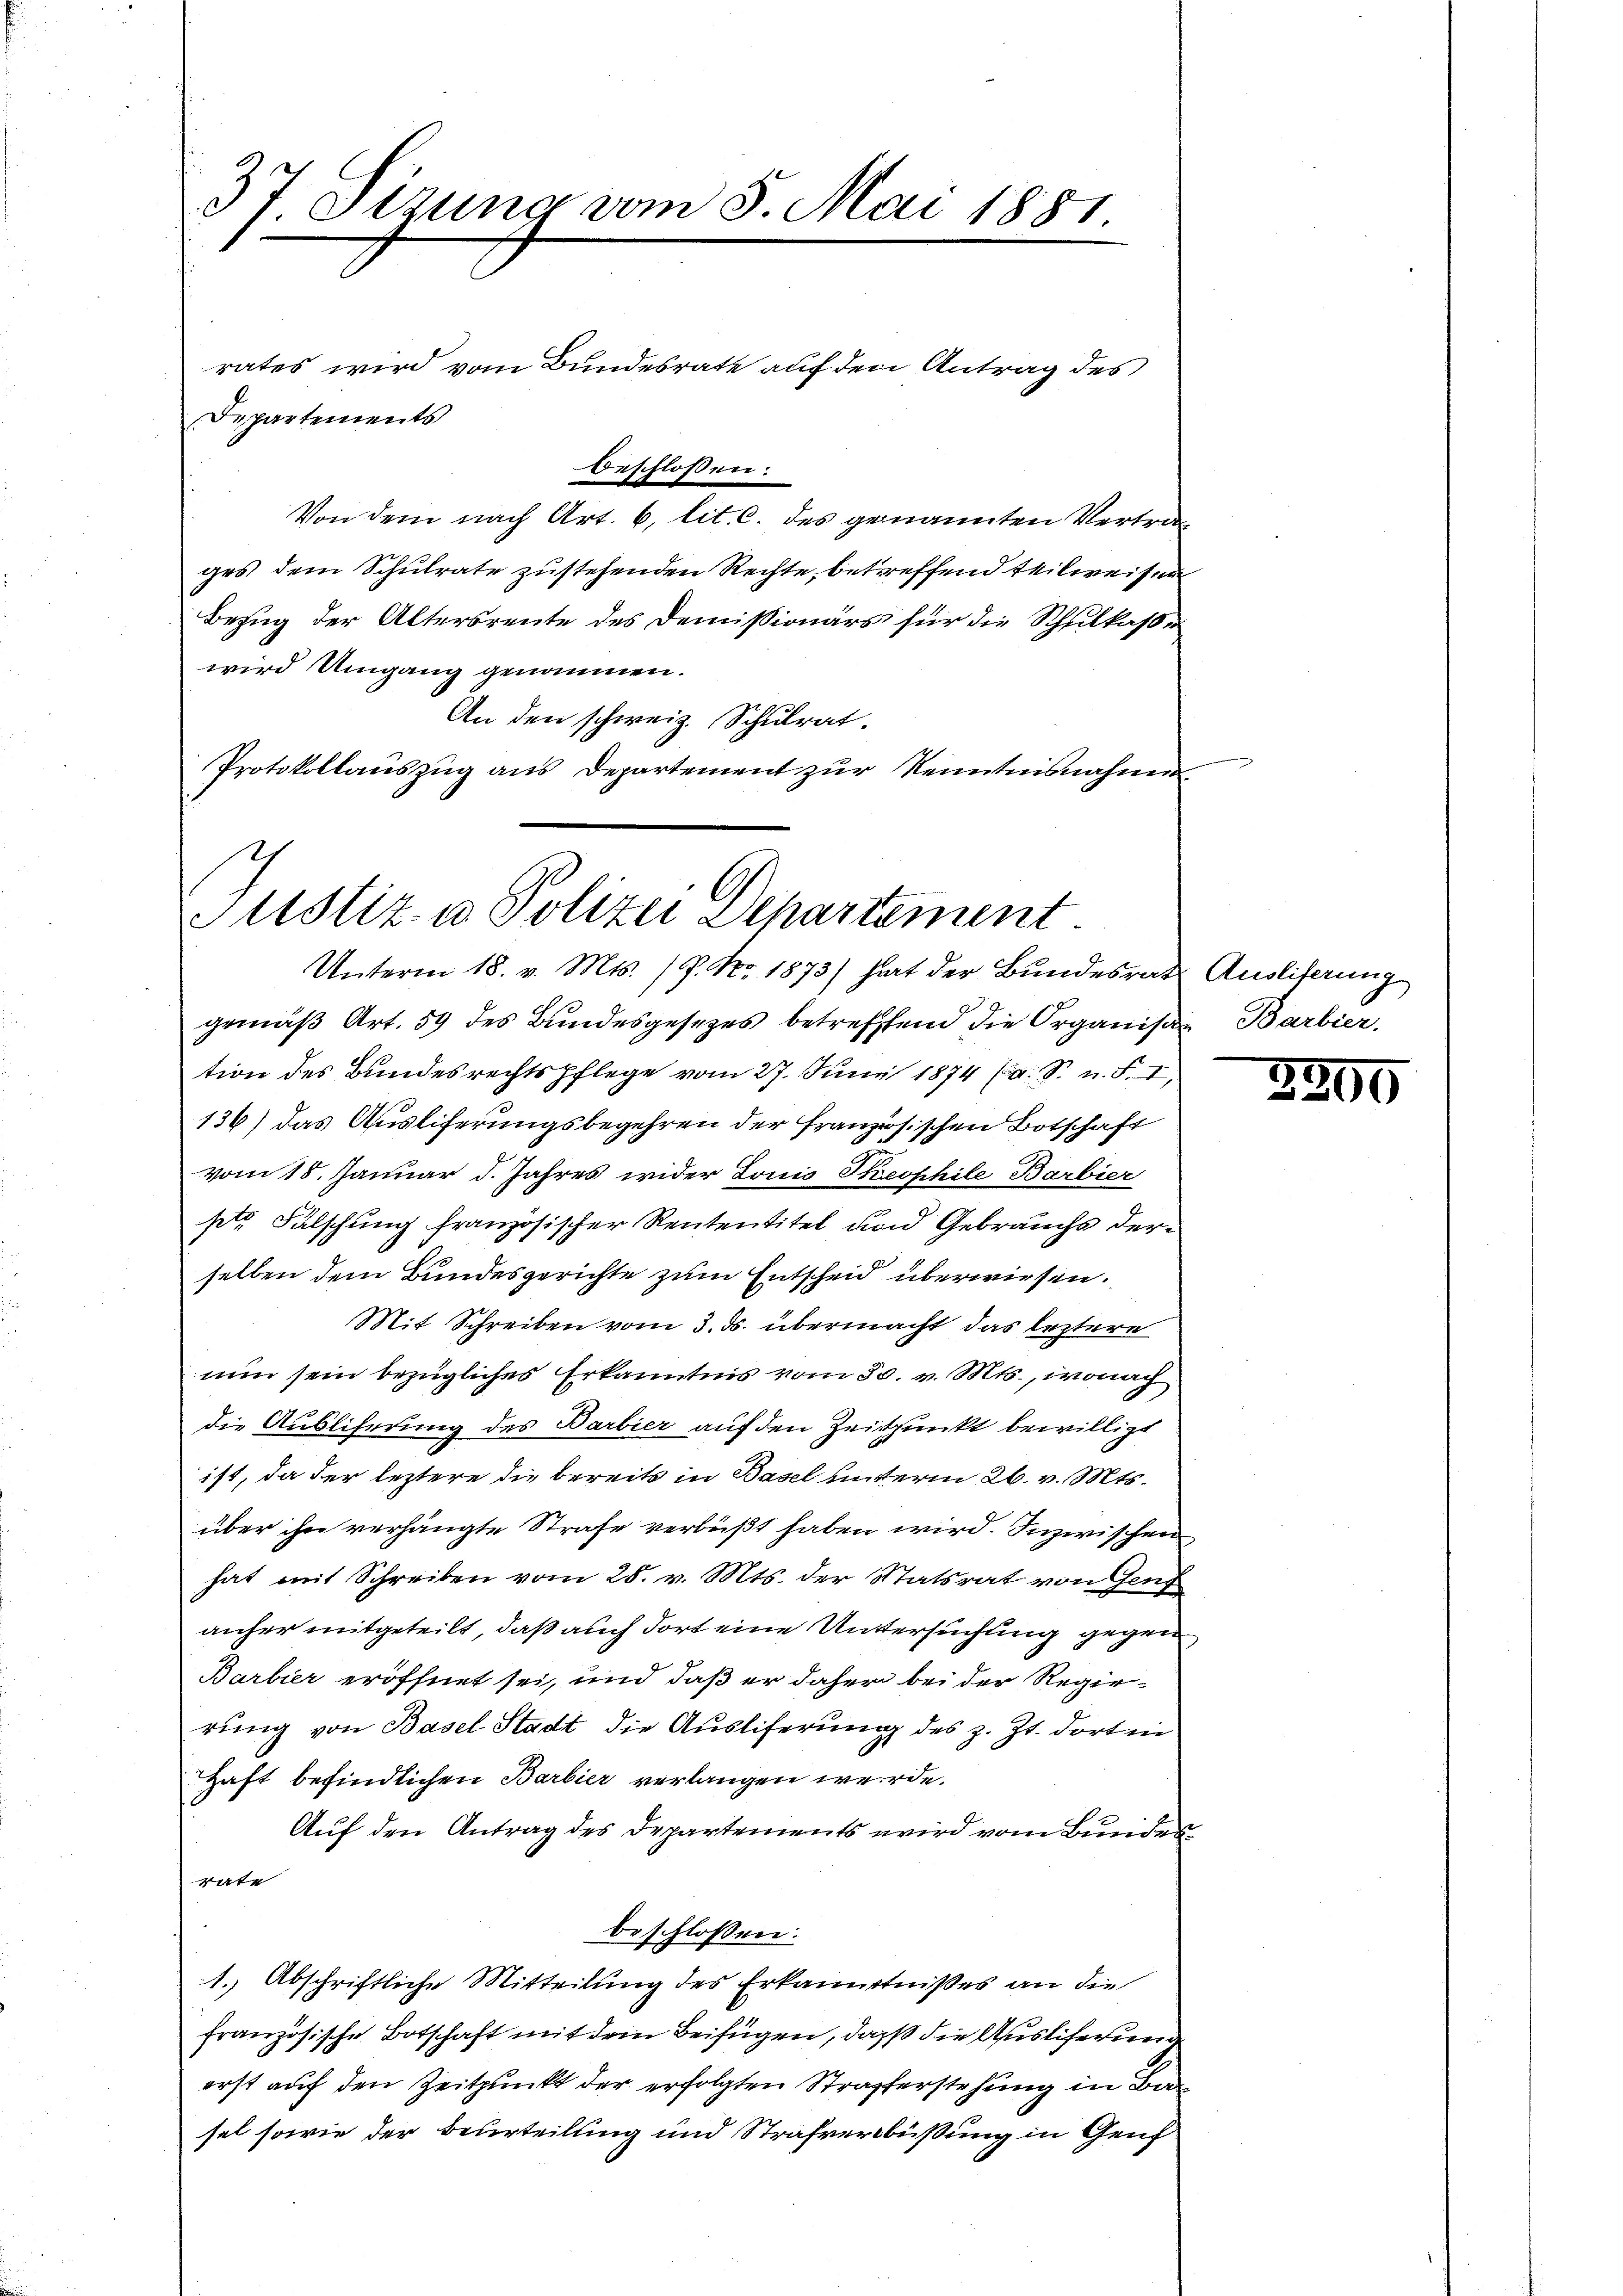
37 Sizung vom 5. Mai 1881.

rates wird vom Bundesrate auf den Antrag des
Departements
beschlossen:
Von dem nach Art. 6, lit. C. des genannten Vertrag
ges dem Schulrate zustehenden Rechte, betreffend teilweisen
Bezug der Altersreute des Demissionärs für die Schulkasse
wird Umgang genommen.
An den schweiz. Schulrat.
Protokollauszug aus Departement zur Kenntnisnahme

z
Justiz- u Polizei Departement
Unterm 18. v. Mts. /P. Nr. 1873) hat der Bundesrath Ausliferung

gemäß Art. 59 des Bundesgesezes betreffend die Organisan Barbier,
tion des Bundesrechtspflege vom 27. Juni 1874 (s. S. n. F. I
136) das Ausliferungsbegehren der französischen Botschaft
vom 18. Januar d. Jahres wider Louis Kesphile Barbier
pte. Falschung französischer Rententitel und Gebrauchs der
selben dem Bundesgerichte zum Entscheid überwiesen.
Mit Schreiben vom 3. ds. übermacht das leztere
nun sein bezügliches Erkanntnis vom 30. v. Mts., wonac
die Ausliferung des Barbier auf den Zeitpunkt bewilligt
ist, da der leztere die bereits in Basel unterm 26. v. Mts.
über ihn verhängte Strafe verbüßt haben wird. Inzwischen
hat mit Schreiben vom 28. v. Mts. der Statsrat von Genf
anher mitgeteilt, daß auch dort eine Untersuchung gegen¬
Barbier eröffnet sei, und daß er daher bei der Regierung von Basel Stadt die Ausliferung des z. Zt. dort in
Haft befindlichen Barbier verlangen werde.
Auf den Antrag des Departements wird vom Bundesrate
beschlossen:
1. Abschriftliche Mitteilung des Erkanntnißes an die
französische Botschaft mit dem Beifügen, daß die Ausliferung
erst auf den Zeitpunkt der erfolgten Strafferstehung in Ba
sal sowie der Beurteilung und Strafverbüßung in Genf

2890